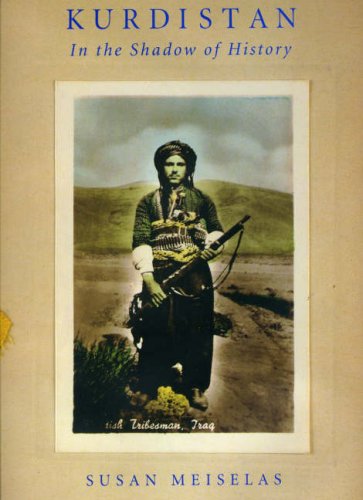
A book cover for Kurdistan: In the Shadow of History, Second Edition; Susan Meiselas; History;